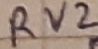
Text: RV2